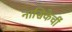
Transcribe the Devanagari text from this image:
नासिकेचीं